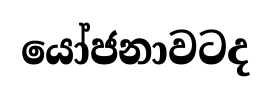
යෝජනාවටද